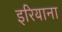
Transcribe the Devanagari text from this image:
इरियाना